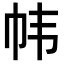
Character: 帏